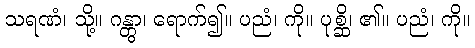
သရဏံ၊ သို့။ ဂန္တွာ၊ ရောက်၍။ ပညံ၊ ကို။ ပုစ္ဆိ၊ ၏။ ပညံ၊ ကို။